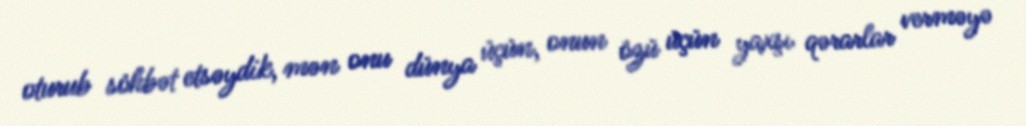
oturub söhbət etsəydik, mən onu dünya üçün, onun özü üçün yaxşı qərarlar verməyə